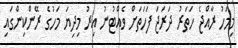
މިމަހު ރާއްޖެ ހަތަރު ދަރަޖަ ފަހަތަށް ވެެއްޓުނު އިރު މިދިޔަ މަހުގެ ރޭންކިންގައި